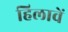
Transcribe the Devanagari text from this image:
हिलावें